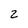
Character: 2